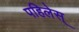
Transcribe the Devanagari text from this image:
पहिलेस्